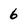
Character: 6